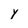
Character: Y